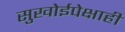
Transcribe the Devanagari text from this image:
सुखोईपेक्षाही